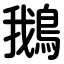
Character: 鵝